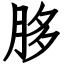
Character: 䏧